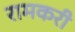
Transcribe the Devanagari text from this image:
रामकरी